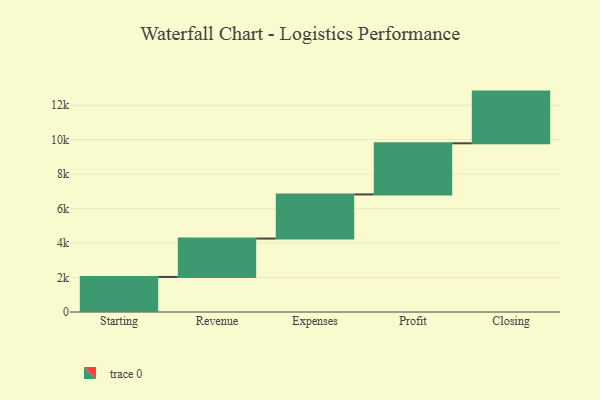
{"axis": {"x": "Step", "y": "Value"}, "legend": [""], "data": [{"x": "Starting", "y": 2035.0, "type": ""}, {"x": "Revenue", "y": 2228.0, "type": ""}, {"x": "Expenses", "y": 2561.0, "type": ""}, {"x": "Profit", "y": 2968.0, "type": ""}, {"x": "Closing", "y": 3000, "type": ""}]}